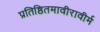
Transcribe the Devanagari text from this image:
प्रतिष्ठितमावीरावीर्म